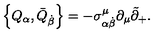
\left\{ Q _ { \alpha } , \bar { Q } _ { \dot { \beta } } \right\} = - \sigma _ { \alpha \dot { \beta } } ^ { \mu } \partial _ { \mu } \tilde { \partial } _ { + } .